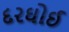
દરઘોઈ